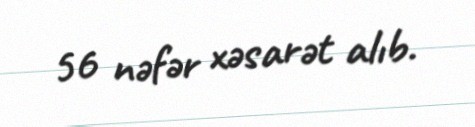
56 nəfər xəsarət alıb.